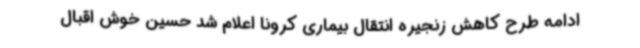
ادامه طرح کاهش زنجیره انتقال بیماری کرونا اعلام شد حسین خوش اقبال